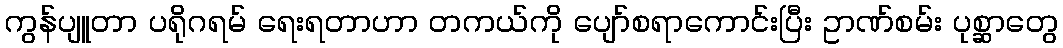
ကွန်ပျူတာ ပရိုဂရမ် ရေးရတာဟာ တကယ်ကို ပျော်စရာကောင်းပြီး ဥာဏ်စမ်း ပုစ္ဆာတွေ